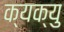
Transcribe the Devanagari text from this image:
क्यक्यु